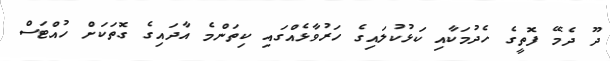
ދޫ ދެމޭ ފޮތީގެ ހެދުމަކާއި ކަޅުކުލައިގެ ހަރުވާޅެއްގައި ކިތަންމެ އާދައިގެ ގޮތަކަށް ހުއްޓަސް